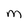
Character: m